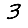
Digit: 3